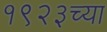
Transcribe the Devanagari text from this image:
१९२३च्या